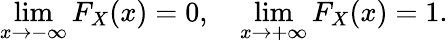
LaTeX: \operatorname*{lim}_{x\to-\infty}F_{X}(x)=0,\quad\operatorname*{lim}_{x\to+\infty}F_{X}(x)=1.